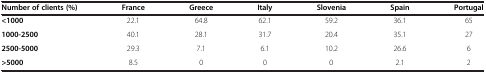
| Number of clients (%) | France | Greece | Italy | Slovenia | Spain | Portugal |
 | --- | --- | --- | --- | --- | --- | --- |
 | <1000 | 22.1 | 64.8 | 62.1 | 59.2 | 36.1 | 65 |
 | 1000-2500 | 40.1 | 28.1 | 31.7 | 20.4 | 35.1 | 27 |
 | 2500-5000 | 29.3 | 7.1 | 6.1 | 10.2 | 26.6 | 6 |
 | >5000 | 8.5 | 0 | 0 | 0 | 2.1 | 2 |